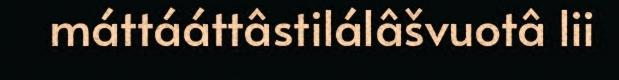
máttááttâstilálâšvuotâ lii